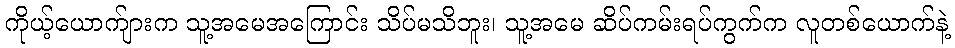
ကိုယ့်ယောက်ျားက သူ့အမေအကြောင်း သိပ်မသိဘူး၊ သူ့အမေ ဆိပ်ကမ်းရပ်ကွက်က လူတစ်ယောက်နဲ့